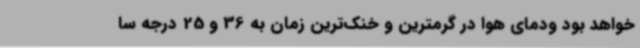
خواهد بود ودمای هوا در گرمترین و خنک‌ترین زمان به 36 و 25 درجه سا